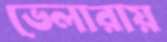
ভেলারায়